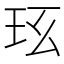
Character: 𤤈